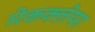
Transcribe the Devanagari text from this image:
मेकक्लेयर